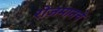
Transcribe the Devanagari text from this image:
रोजमानचे